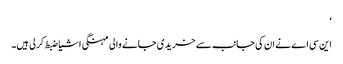
‘
این سی اے نے ان کی جانب سے خریدی جانے والی مہنگی اشیا ضبط کرلی ہیں۔